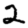
Digit: 2